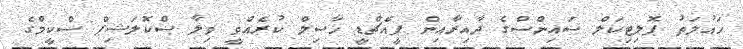
ހައުލަތު ޕޮލިޓިކަލް ސައިންސްގެ ދާއިރާއިން ޕީއެޗްޑީ ހާސިލް ކުރެއްވީ ވިލާ ސްކޮލަޝިޕް ސްކީމްގެ